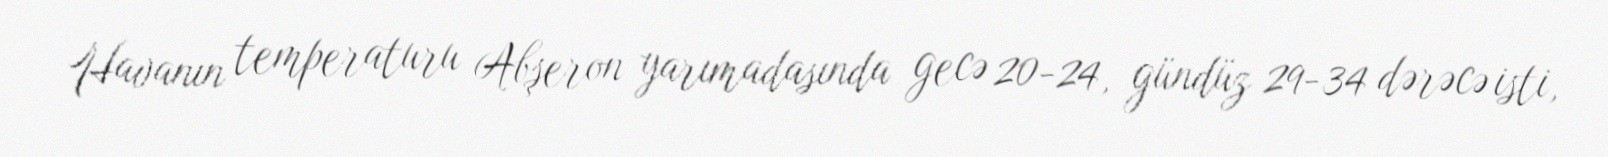
Havanın temperaturu Abşeron yarımadasında gecə 20-24, gündüz 29-34 dərəcə isti,